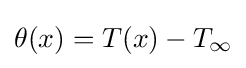
\theta (x)=T(x)-T_{\infty }